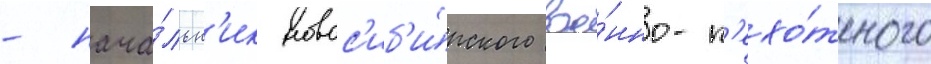
- нача́льн'ик новос'иб'и́рского вое́нно-п'ехо́тного